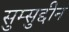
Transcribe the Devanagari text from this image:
सुम्सुद्दीन